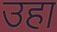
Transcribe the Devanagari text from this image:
उहा